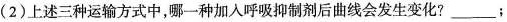
(2)上述三种运输方式中，哪一种加入呼吸抑制剂后曲线会发生变化?___；